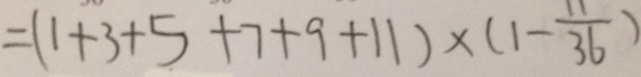
= ( 1 + 3 + 5 + 7 + 9 + 1 1 ) \times ( 1 - \frac { 1 1 } { 3 6 } )